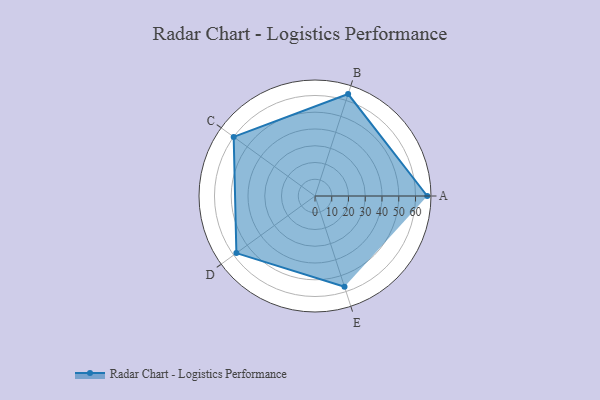
{"axis": {"x": "Skill", "y": "Score"}, "legend": ["Profile"], "data": [{"x": "A", "y": 67.0, "type": "Profile"}, {"x": "B", "y": 64.0, "type": "Profile"}, {"x": "C", "y": 60.0, "type": "Profile"}, {"x": "D", "y": 58.0, "type": "Profile"}, {"x": "E", "y": 57.0, "type": "Profile"}]}